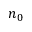
n _ { 0 }